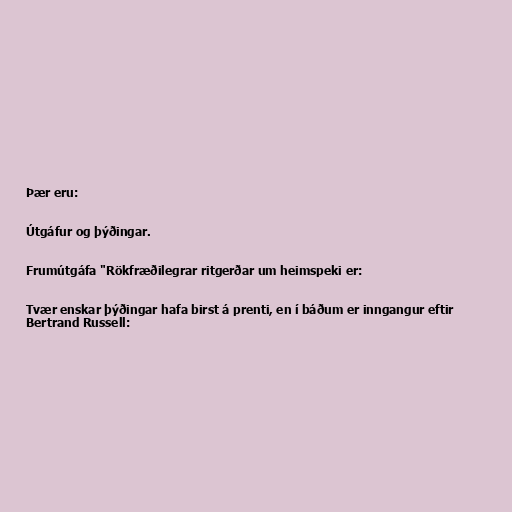
Þær eru:

Útgáfur og þýðingar.

Frumútgáfa "Rökfræðilegrar ritgerðar um heimspeki er:

Tvær enskar þýðingar hafa birst á prenti, en í báðum er inngangur eftir
Bertrand Russell: